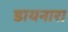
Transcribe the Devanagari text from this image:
डायनारा